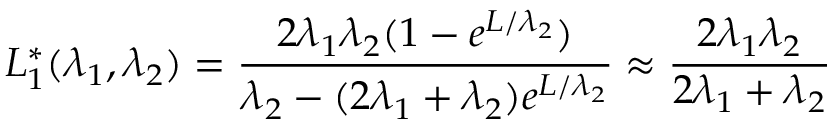
L _ { 1 } ^ { * } ( \lambda _ { 1 } , \lambda _ { 2 } ) = \frac { 2 \lambda _ { 1 } \lambda _ { 2 } ( 1 - e ^ { L / \lambda _ { 2 } } ) } { \lambda _ { 2 } - ( 2 \lambda _ { 1 } + \lambda _ { 2 } ) e ^ { L / \lambda _ { 2 } } } \approx \frac { 2 \lambda _ { 1 } \lambda _ { 2 } } { 2 \lambda _ { 1 } + \lambda _ { 2 } }